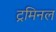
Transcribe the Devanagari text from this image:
ट्रमिनल